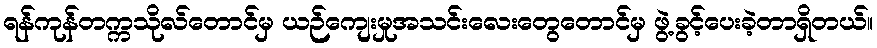
ရန်ကုန်တက္ကသိုလ်တောင်မှ ယဉ်ကျေးမှုအသင်းလေးတွေတောင်မှ ဖွဲ့ခွင့်ပေးခဲ့တာရှိတယ်။